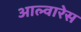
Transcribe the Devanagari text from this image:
आल्वारेस